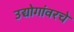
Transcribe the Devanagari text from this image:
उद्योगांवरचे